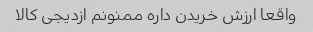
واقعا ارزش خریدن داره ممنونم ازدیجی کالا